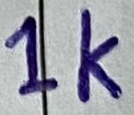
Text: 1K